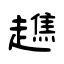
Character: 趭